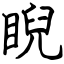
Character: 睨